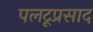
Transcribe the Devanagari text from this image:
पलटूप्रसाद